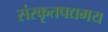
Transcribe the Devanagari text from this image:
संस्कृतपद्यमय